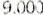
9.000